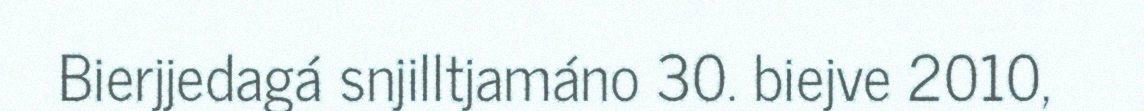
Bierjjedagá snjilltjamáno 30. biejve 2010,